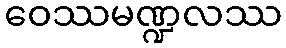
ဝေဿမဏ္ဍလဿ